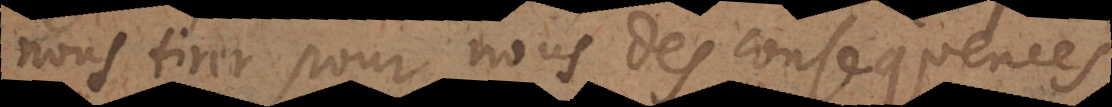
nous tirer pour nous des consequences